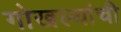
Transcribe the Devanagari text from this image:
गोखल्यांची